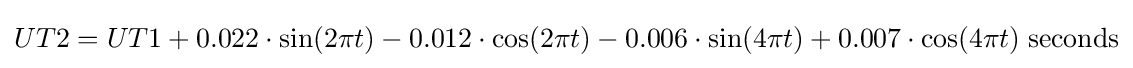
UT2=UT1+0.022\cdot \sin(2\pi t)-0.012\cdot \cos(2\pi t)-0.006\cdot \sin(4\pi t)+0.007\cdot \cos(4\pi t)\;{\mbox{seconds}}